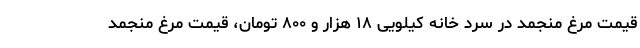
قیمت مرغ منجمد در سرد خانه کیلویی ۱۸ هزار و ۸۰۰ تومان، قیمت مرغ منجمد